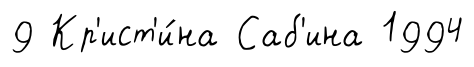
9 Кр'ист'и́на Саб'ина 1994